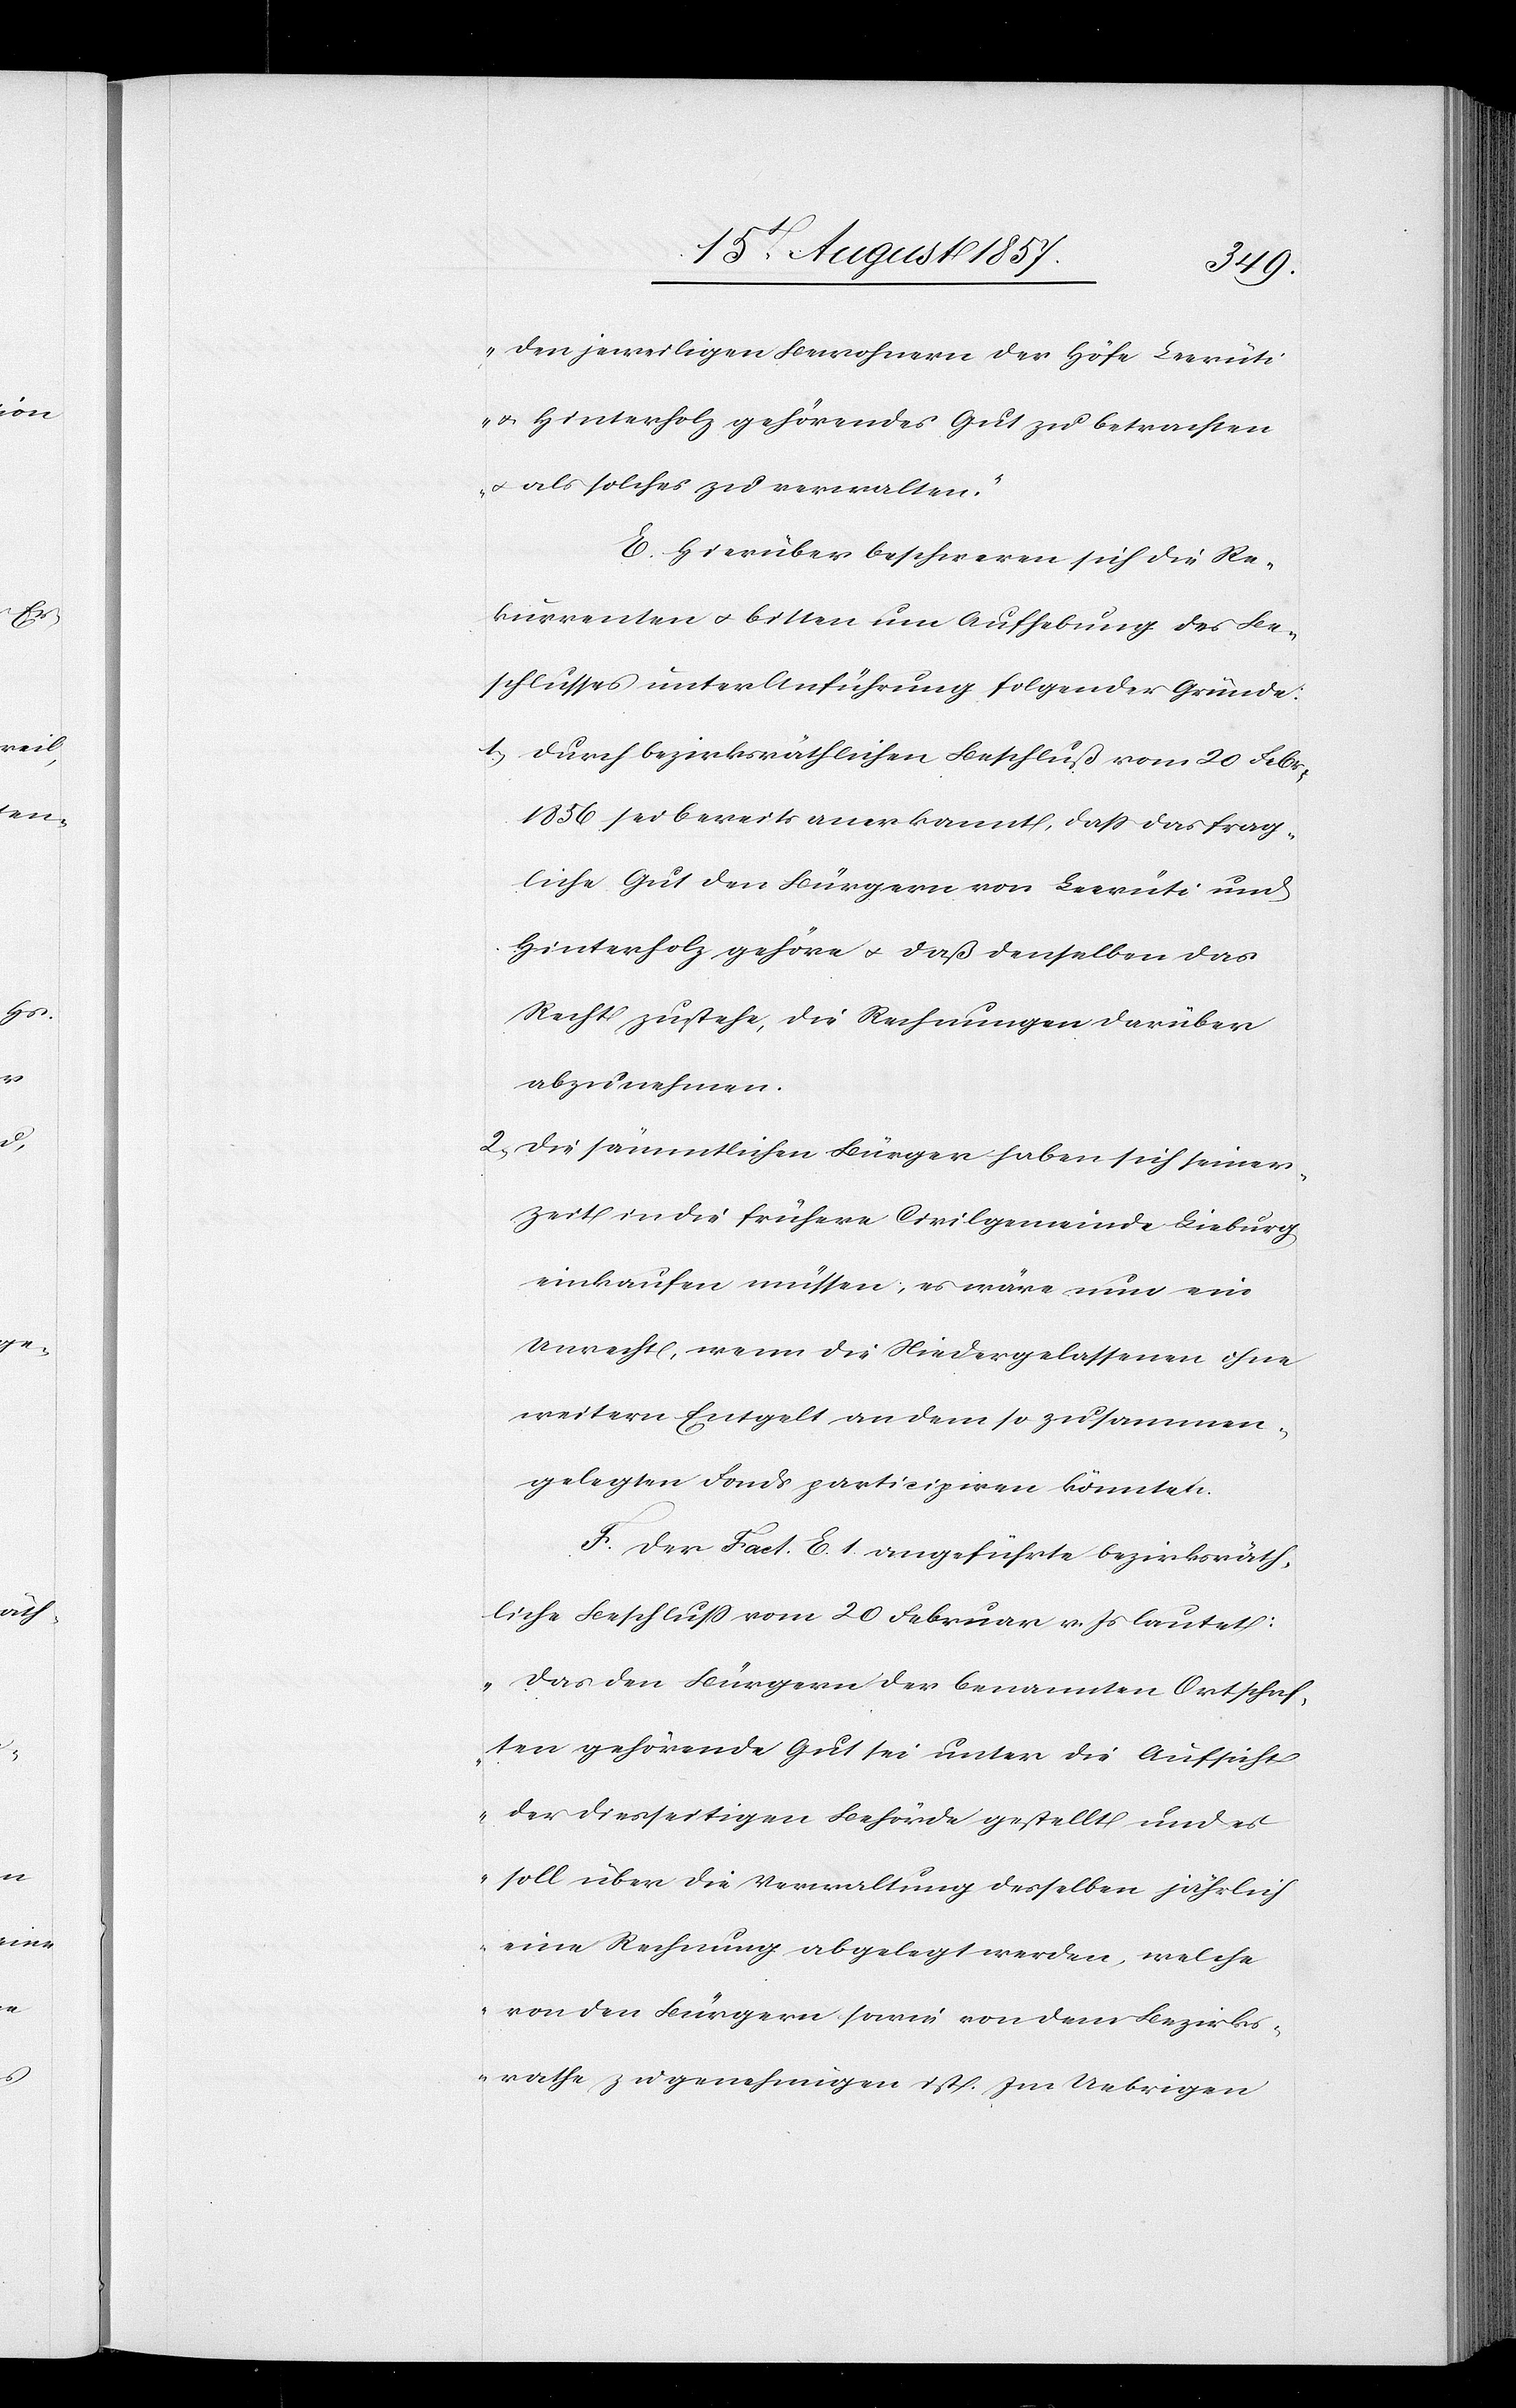
den jeweiligen Bewohnern der Höfe Leerüti
& Hinterholz gehörendes Gut zu betrachten
& als solches zu verwalten.“
E. Hierüber beschweren sich die Re¬
kurrenten & bitten um Aufhebung des Be¬
schlusses unter Anführung folgender Gründe:
1) Durch bezirksräthlichen Beschluß vom 20 Febr.
1856 sei bereits anerkannt, daß das frag¬
liche Gut den Bürgern von Leerüti und
Hinterholz gehöre & daß denselben das
Recht zustehe, die Rechnungen darüber
abzunehmen.
2) Die sämmtlichen Bürger haben sich seiner
Zeit in die frühere Civilgemeinde Lieburg,
einkaufen müssen, es wäre nun ein
Unrecht, wenn die Niedergelassenen ohne
weitern Entgelt an dem so zusammen¬
gelegten Fonds participiren könnten.
F. Der [in] Fact. E 1. angeführte bezirksräth¬
liche Beschluß vom 20 Februar v. Js. lautet:
„Das den Bürgern der benannten Ortschaf¬
ten gehörende Gut sei unter die Aufsicht
der diesseitigen Behörde gestellt und es
soll über die Verwaltung desselben jährlich
eine Rechnung abgelegt werden, welche
von den Bürgern sowie von dem Bezirks¬
rathe zu genehmigen ist. Im Uebrigen